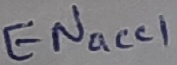
Text: ENacc1